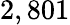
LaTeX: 2,801